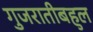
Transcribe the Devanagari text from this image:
गुजरातीबहुल